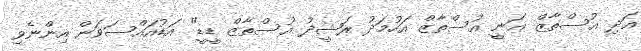
އަދި އުސްތާޒް ޣަނީ އުސްތާޒް އަހުމަދު ރަޝީދު އުސްތާޒް ޑީޑީ" އަޑުއައްސަވަން އިންނެވި